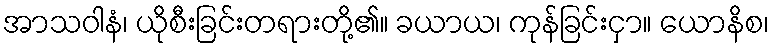
အာသဝါနံ၊ ယိုစီးခြင်းတရားတို့၏။ ခယာယ၊ ကုန်ခြင်းငှာ။ ယောနိစ၊